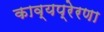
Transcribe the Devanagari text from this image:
काव्यप्रेरणा